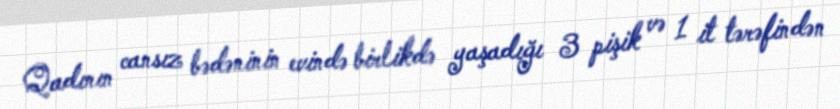
Qadının cansız bədəninin evində birlikdə yaşadığı 3 pişik və 1 it tərəfindən